Vaccination in Burma 1920-1933 - 1920-1933
Year: 1920
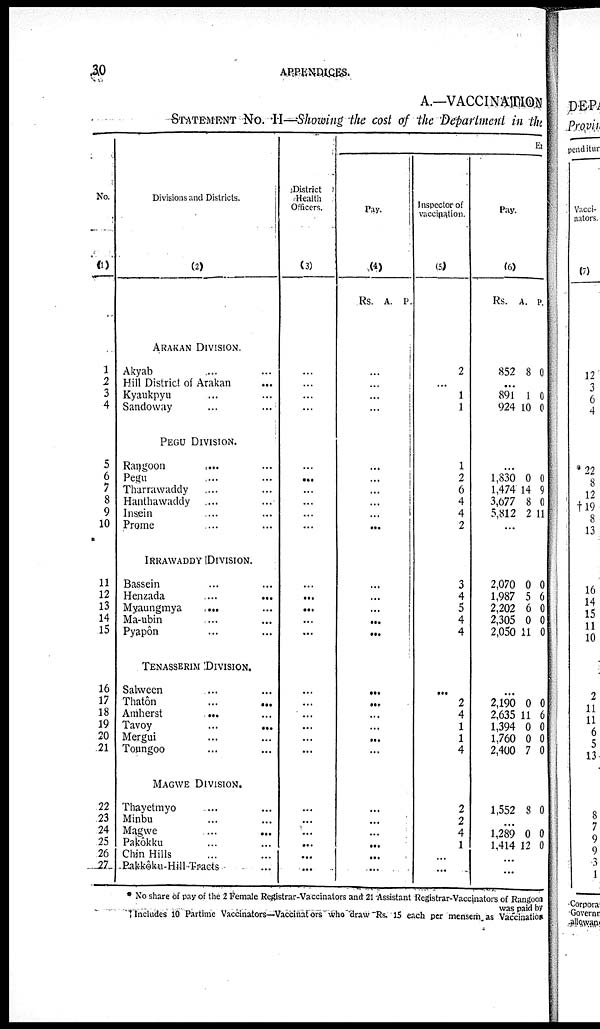
30
APPENDICES.
A.—VACCINATION
STATEMENT NO. II—Showing the cost of the Department in the
No.
(1)
1
2
3
4
5
6
7
8
9
10
11
12
13
14
15
16
17
18
19
20
21
22
23
24
25
26
27
Divisions and Districts.
(2)
ARAKAN DIVISION.
Akyab ... ...
Hill District of Arakan ...
Kyaukpyu ... ...
Sandoway ... ...
PEGU DIVISION.
Rangoon ... ...
Pegu ... ...
Tharrawaddy ... ...
Hanthawaddy ... ...
Insein ... ...
Prome ... ...
IRRAWADDY DIVISION.
Bassein ... ...
Henzada
...
...
Myaungmya ... ...
Ma-ubin ... ...
Pyapôn ... ...
TENASSERIM DIVISION.
Salween ... ...
Thatôn ... ...
Amherst
...
...
Tavoy
...
...
Mergui ... ...
Toungoo ... ...
MAGWE DIVISION.
Thayetmyo ... ...
Minbu ... ...
Magwe
...
...
Pakôkku ... ...
Chin Hills ... ...
Pakkôku Hill Tracts ...
District
Health
Officers.
(3)
...
...
...
...
...
...
...
...
...
...
...
...
...
...
...
...
...
...
...
...
...
...
...
...
...
...
...
Ex
Pay.
(4)
Rs. A. P.
...
...
...
...
...
...
...
...
...
...
...
...
...
...
...
...
...
...
...
...
...
...
...
...
...
...
...
Inspector of
vaccination.
(5)
2
...
1
1
1
2
6
4
4
2
3
4
5
4
4
...
2
4
1
1
4
2
2
4
1
...
...
Pay.
(6)
Rs. A. P.
852 8 0
...
891
924
1
10
0
0
...
1,830
1,474
3,677
5,812
0
14
8
2
0
9
0
11
...
2,070
1,987
2,202
2,305
2,050
0
5
6
0
11
0
6
0
0
0
...
2,190
2,635
1,394
1,760
2,400
0
11
0
0
7
0
6
0
0
0
1,552 8 0
...
1,289
1,414
0
12
0
0
...
...
* No share of pay of the 2 Female Registrar Vaccinators and 21 Assistant Registrar Vaccinators of Rangoon
was paid by
† Includes 10 Partime Vaccinators—Vaccinators who draw Rs. 15 each per mensem as Vaccination